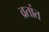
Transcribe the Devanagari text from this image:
व्रतांत